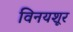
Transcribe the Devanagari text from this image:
विनयशूर